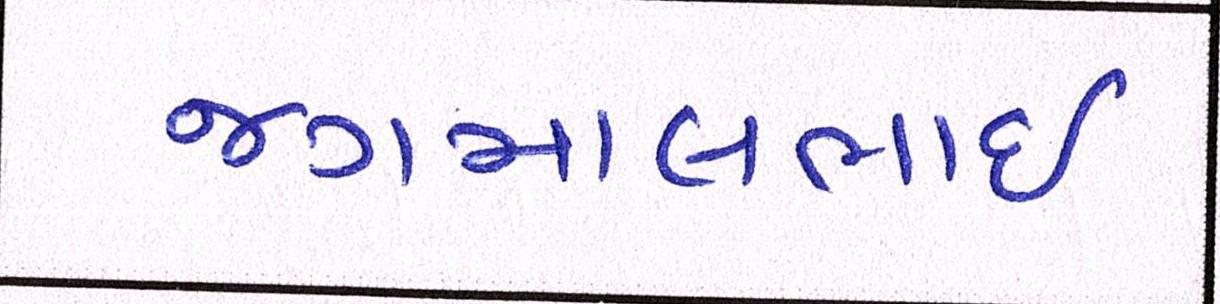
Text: જગમાલભાઇ